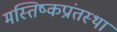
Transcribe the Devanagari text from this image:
मस्तिष्कप्रांतस्था